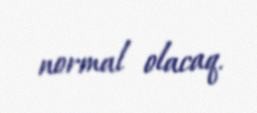
normal olacaq.